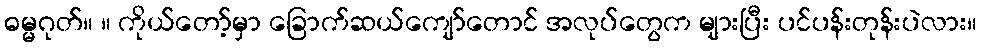
ဓမ္မဂုတ်။ ။ ကိုယ်တော့်မှာ ခြောက်ဆယ်ကျော်တောင် အလုပ်တွေက များပြီး ပင်ပန်းတုန်းပဲလား။